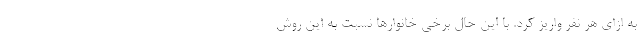
به ازای هر نفر واریز کرد. با این حال برخی خانوارها نسبت به این روش